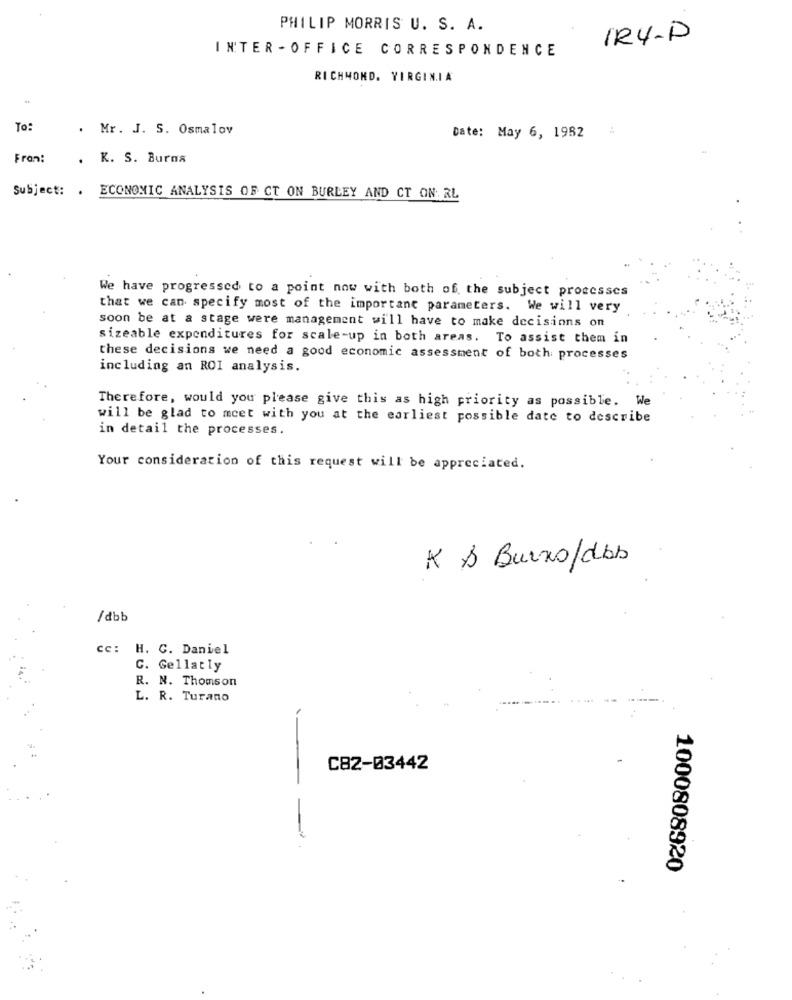
PHILIP MORRIS U. S. A.
IR4-P
INTER - OFFICE CORRESPONDENCE
RICHMOND, VIRGINIA
To:
. Mr. J. S. Osmalov
Date: May 6, 1982 :
Fran:
. K. S. Burna
Subject: . ECONOMIC ANALYSIS OF CT ON BURLEY AND CT ON: RL
We have progressed to a point now with both of the subject processes
that we can specify most of the important parameters. We will very
soon be at a stage were management will have to make decisions on
sizeable expenditures for scale-up in both areas. To assist them in
these decisions we need a good economic assessment of both processes
including an ROI analysis.
Therefore, would you please give this as high priority as possible. We
will be glad to meet with you at the earliest possible date to describe
in detail the processes.
Your consideration of this request will be appreciated.
K & Burns/dbb
/dbb
cc: H. C. Daniel
C. Gellatly
R. N. Thomson
L. R. Turano
C82-03442
-
1000808920